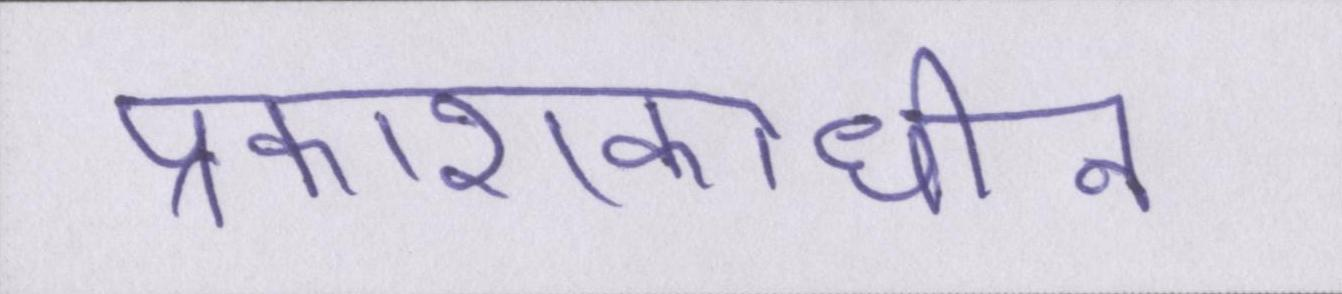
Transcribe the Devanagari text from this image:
प्रकाशकाधीन